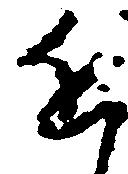
近